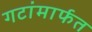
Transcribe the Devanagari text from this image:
गटांमार्फत